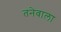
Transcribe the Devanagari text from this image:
तनेवाला